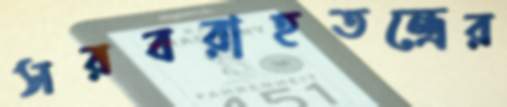
সরবরাহতন্ত্রের